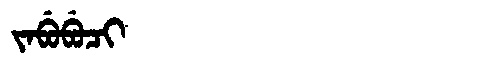
Manchu: ᠵᠠᠪᡠᠪᡠᠴᡳ
Romanization: JABUBUCI